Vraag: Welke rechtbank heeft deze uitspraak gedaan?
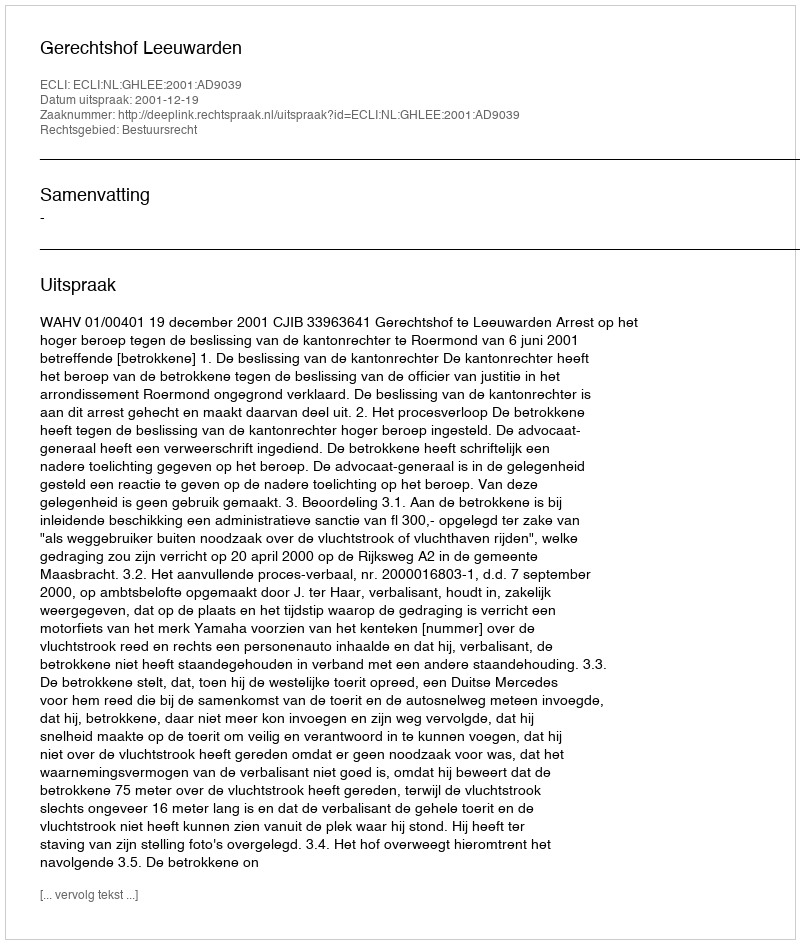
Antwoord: Gerechtshof Leeuwarden